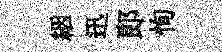
絪迅郞恂